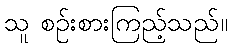
သူ စဉ်းစားကြည့်သည်။